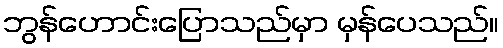
ဘွန်ဟောင်းပြောသည်မှာ မှန်ပေသည်။